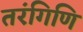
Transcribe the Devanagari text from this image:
तरंगिणि